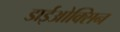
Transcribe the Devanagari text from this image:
डाईओक्सिन